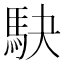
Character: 駃